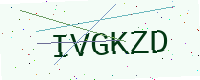
Text: IVGKZD